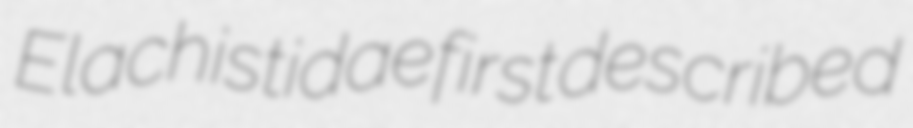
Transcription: Elachistidae first described